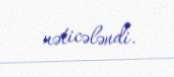
nəticələndi.